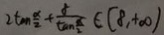
2 \tan \frac { \alpha } { 2 } + \frac { 8 } { \tan \frac { \alpha } { 2 } } \in ( 8 , + \infty )